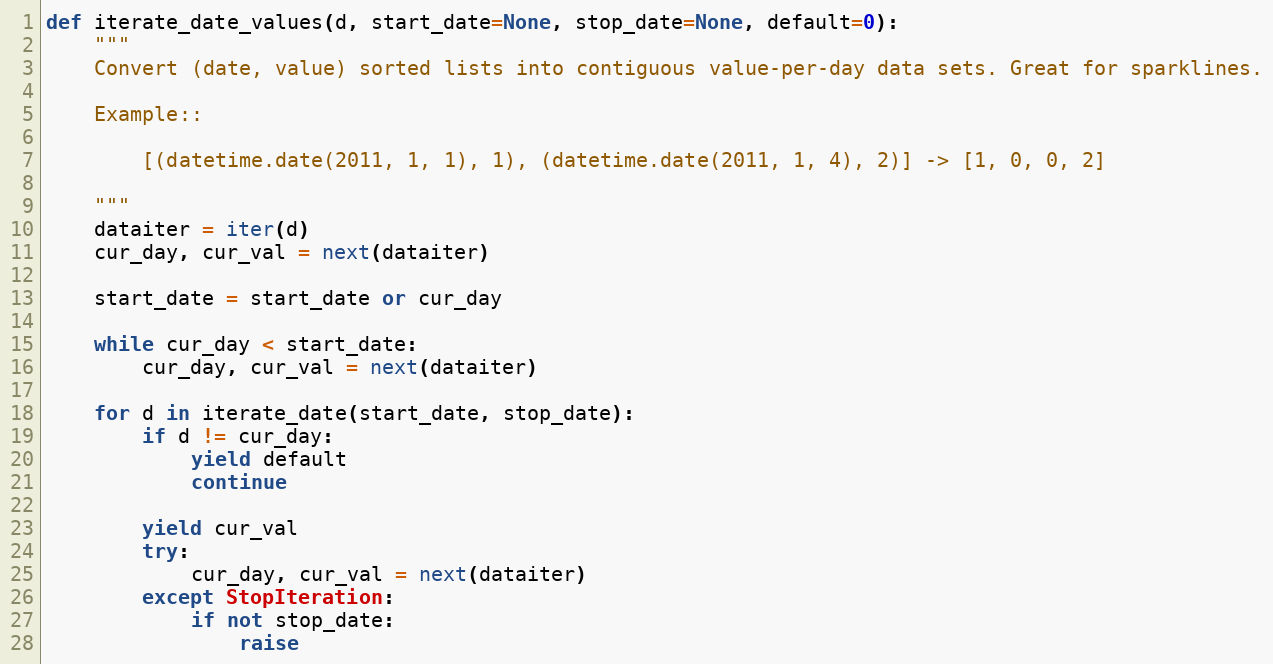
Language: Python
def iterate_date_values(d, start_date=None, stop_date=None, default=0):
    """
    Convert (date, value) sorted lists into contiguous value-per-day data sets. Great for sparklines.

    Example::

        [(datetime.date(2011, 1, 1), 1), (datetime.date(2011, 1, 4), 2)] -> [1, 0, 0, 2]

    """
    dataiter = iter(d)
    cur_day, cur_val = next(dataiter)

    start_date = start_date or cur_day

    while cur_day < start_date:
        cur_day, cur_val = next(dataiter)

    for d in iterate_date(start_date, stop_date):
        if d != cur_day:
            yield default
            continue

        yield cur_val
        try:
            cur_day, cur_val = next(dataiter)
        except StopIteration:
            if not stop_date:
                raise